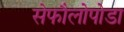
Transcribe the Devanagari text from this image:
सेफौलोपोडा